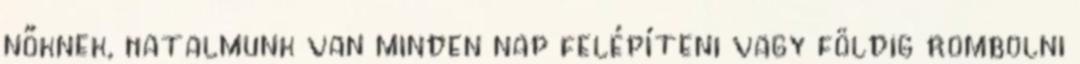
nőknek, hatalmunk van minden nap felépíteni vagy földig rombolni